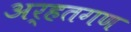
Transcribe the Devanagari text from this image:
अर्हतगण